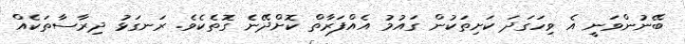
ބޭނުންވަނީ އެ ވިހަގަދަ ކަށިތަކުން ގައުމު އެއްފަރާތް ކޮށްދޭނެ ގޮތެކެވެ. ރަނގަޅު ދިރާސާތަކެއް